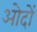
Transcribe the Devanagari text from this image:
ओदों